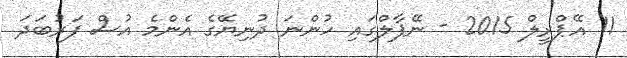
11 އޭޕްރީލް 2015 - ނޭޕާލްގައި ހުންނަ ދުނިޔޭގެ އެންމެ އުސް ފަރުބަދަ